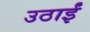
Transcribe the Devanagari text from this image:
उठाईं